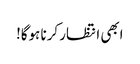
ابھی انتظار کرنا ہوگا!